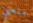
متعتي